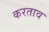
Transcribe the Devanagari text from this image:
करताव